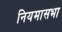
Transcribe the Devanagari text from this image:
नियमासभा